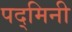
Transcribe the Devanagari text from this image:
पद्‌मिनी